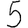
Digit: 5